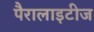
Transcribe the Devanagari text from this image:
पैरालाइटीज